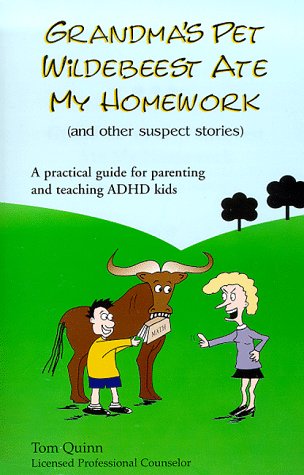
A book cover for Grandma's Pet Wildebeest Ate My Homework (and Other Suspect Stories); Tom Quinn; Parenting & Relationships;